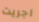
اجريت